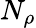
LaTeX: N_{\rho}